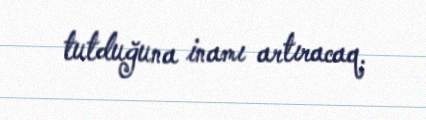
tutduğuna inamı artıracaq.